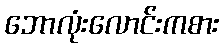
ဘောလုံးလောင်းကစား